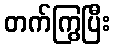
တက်ကြွပြီး